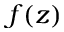
f ( z )